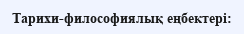
Тарихи-философиялық еңбектері: